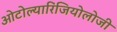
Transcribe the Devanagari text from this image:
ओटोल्यारिंजियोलोजी